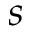
s